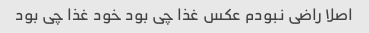
اصلا راضی نبودم عکس غذا چی بود خود غذا چی بود